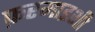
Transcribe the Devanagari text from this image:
फ़रमाइशी